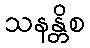
သနန္တိစ